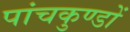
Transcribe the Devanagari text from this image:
पांचकुण्डों